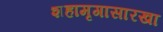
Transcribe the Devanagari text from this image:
शहामृगासारखा